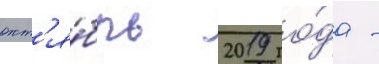
окт'я́брь 2019 го́да -